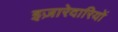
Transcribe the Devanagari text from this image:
इज़ारेदारियों